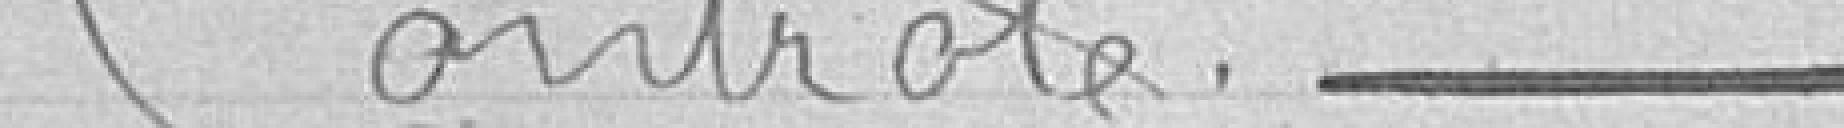
Contrôle -----